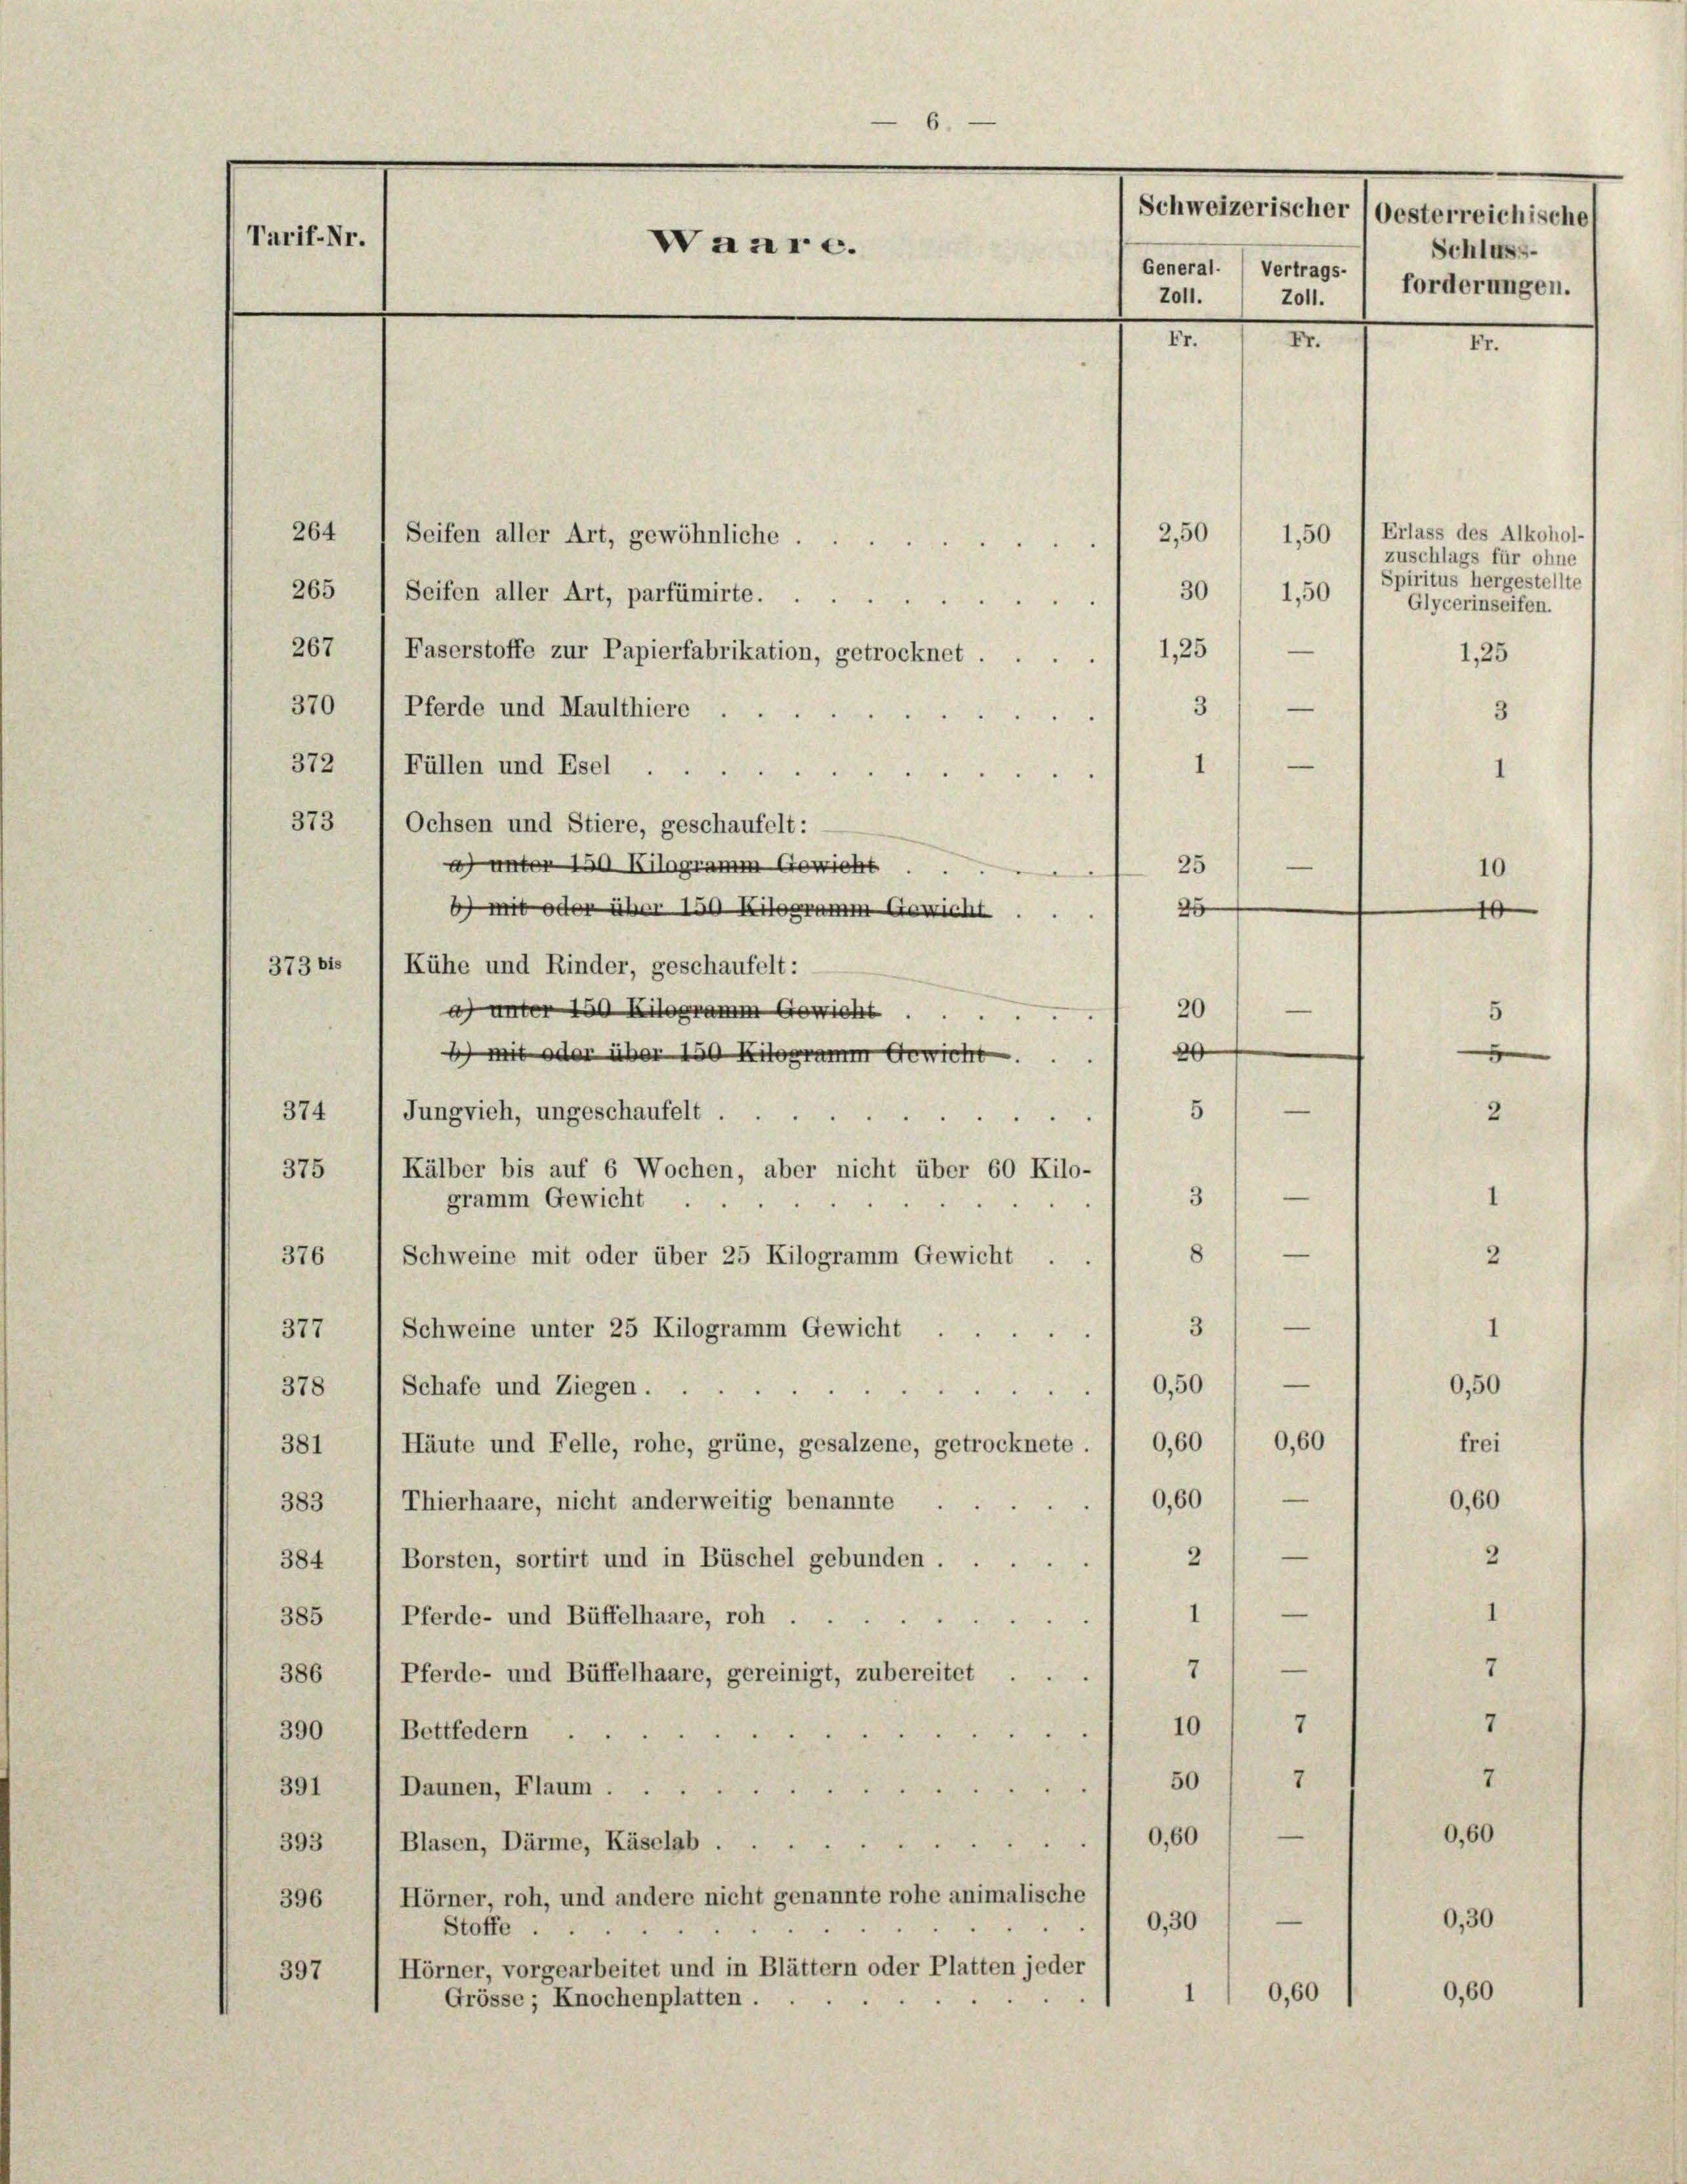
6.
Schweizerischer (oesterreichische
Tarif-Nr.
Waar c.
Schluss-
General. Vertrags-
forderungen.
Z011.
Z011.
II.1. II.
II

2,50
264
Seifen aller Art, gewöhnliche
265) Seifen aller Art, parfümirte 30 1,50
Glycerinseifen.
267
Faserstoffe zur Papierfabrikation, getrocknet ..... 1,25) —
1,25
3
—
370 ) Pferde und Maulthiere
3
e
372) Füllen und Esel
1
I
373 1 Ochsen und Stiere, geschaufelt:
a) unter 150 Kilogramm Gewicht . .
25
26
b) mit oder über 150 Kilogramm Gewicht
373 bis 1 Kühe und Rinder, geschaufelt:
a) unter 150 Kilogramm Gewicht 20)
20
b) mit oder über 150 Kilogramm Gewicht.
—
5
Jungvieh, ungeschaufelt
374

2
375
Kälber bis auf 6 Wochen, aber nicht über 60 Kilo-
—
1
3
gramm Gewicht ..
8)
376
Schweine mit oder über 25 Kilogramm Gewicht .
2
377 / Schweine unter 25 Kilogramm Gewicht ... 31 —
1
—
0,50
0,50
378 / Schafe und Ziegen
frei
381
Häute und Felle, rohe, grüne, gesalzene, getrocknete. 1 0,60 ( 0,60
383
Thierhaare, nicht anderweitig benannte. 0,60 / —
0,60
2
384 ( Borsten, sortirt und in Büschel gebunden ...... 2) —
1
—
Pferde- und Büffelhaare, roh .
385

7
—
7
Pferde- und Büffelhaare, gereinigt, zubereitet ...
386
7
7
10
390
Bettfedern .
7
7
50
391
Daunen, Flaum ...
0,60
—
0,60
393
Blasen, Därme, Käselab.
Hörner, roh, und andere nicht genannte rohe animalische
396
" 0,30
0,30
Stoffe .
Hörner, vorgearbeitet und in Blättern oder Platten jeder
397
0,60
0,60
1
Grösse; Knochenplatten.

1,50 (Erlass des Alkohol-
zuschlags für ohne
Spiritus hergestellte

—
10
10

5
d